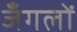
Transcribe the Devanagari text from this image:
जँगलों